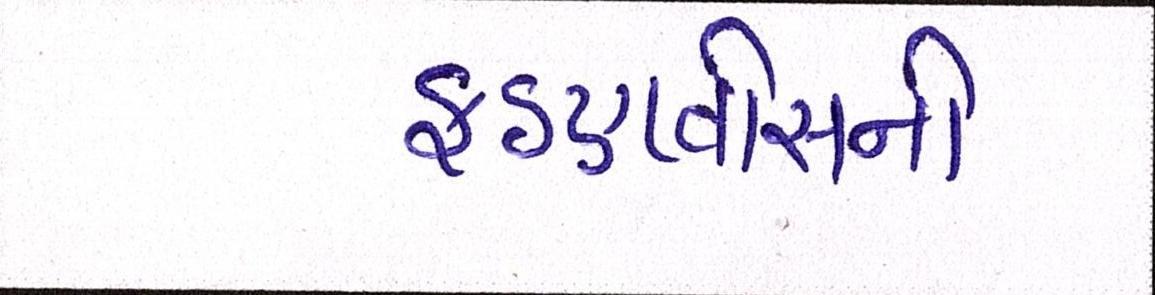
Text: ફડણવીસની